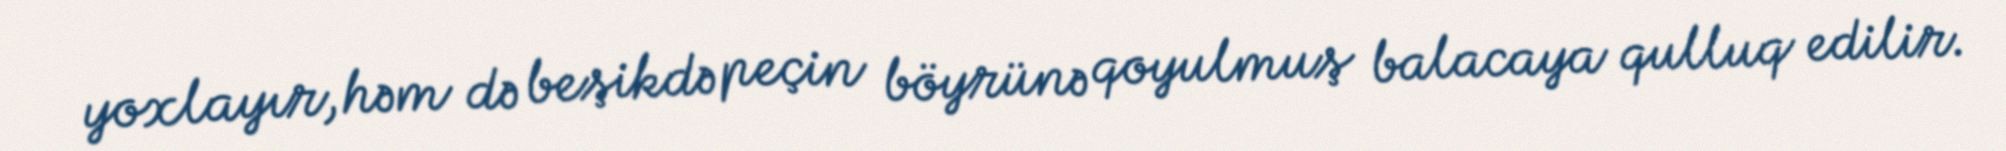
yoxlayır, həm də beşikdə peçin böyrünə qoyulmuş balacaya qulluq edilir.